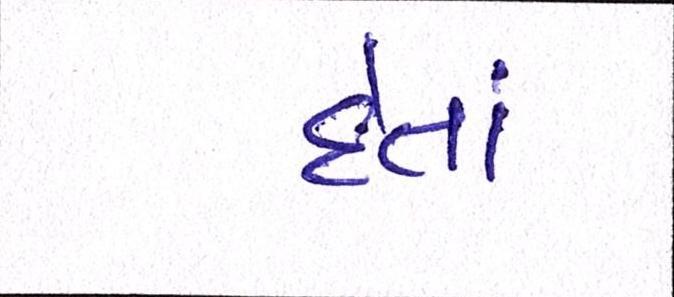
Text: દેતાં